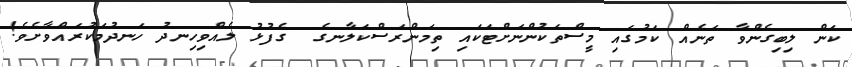
ކަން ލިބިގެންވާ ތަނެއް ކަމުގައި މީސްތަކުންނަށްޓަކައި ތިމަންރަސްކަލާނގެ  ގެފުޅު ލެއްވިހިނދު ހަނދުމަކުރައްވާށެވެ!